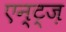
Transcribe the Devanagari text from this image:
एन्ट्ज़